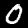
Label: 0